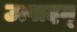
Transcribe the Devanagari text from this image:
उत्पादन्